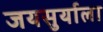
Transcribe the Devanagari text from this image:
जयसुर्याला